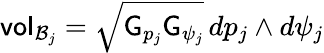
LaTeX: \mathsf{vol}_{\mathcal{B}_{j}}=\sqrt{\mathsf{G}_{p_{j}}\mathsf{G}_{\psi_{j}}}\, dp_{j}\wedge d\psi_{j}